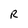
Character: R